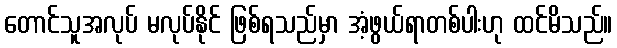
တောင်သူအလုပ် မလုပ်နိုင် ဖြစ်ရသည်မှာ အံ့ဖွယ်ရာတစ်ပါးဟု ထင်မိသည်။